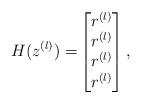
LaTeX: \begin{align*}H(z^{(l)})=& \begin{bmatrix} r^{(l)}_{} \\ r^{(l)}_{} \\ r^{(l)}_{}\\ r^{(l)}_{} \end{bmatrix},\end{align*}